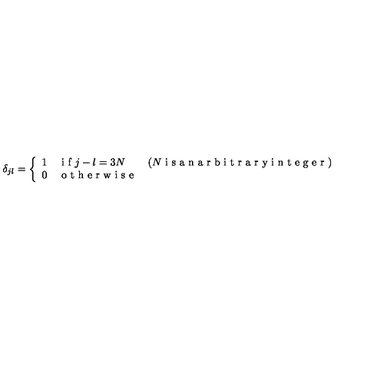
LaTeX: \delta _ { j l } = \left\{ \begin{array} { l l l l } { 1 } & { \textrm { i f } j - l = 3 N } & { ( N \textrm { i s a n a r b i t r a r y i n t e g e r } ) } \\ { 0 } & { \textrm { o t h e r w i s e } } & { } \\ \end{array} \right.